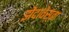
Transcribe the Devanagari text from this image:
झेंदावेस्ता